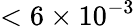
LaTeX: <6\times 10^{-3}